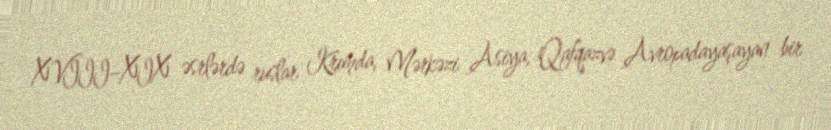
XVIII–XIX əsrlərdə ruslar Krımda, Mərkəzi Asiya, Qafqazvə Avropadayaşayan bir